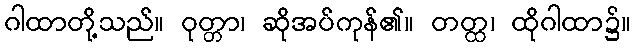
ဂါထာတို့သည်။ ဝုတ္တာ၊ ဆိုအပ်ကုန်၏။ တတ္ထ၊ ထိုဂါထာ၌။